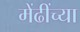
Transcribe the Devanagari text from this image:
मेंढींच्या